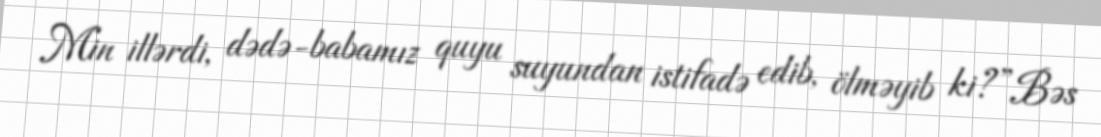
Min illərdi, dədə-babamız quyu suyundan istifadə edib, ölməyib ki?”Bəs